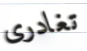
تغادرى